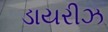
ડાયરીઝ